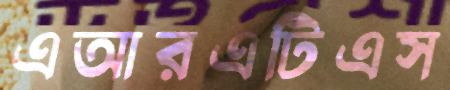
এআরএটিএস